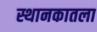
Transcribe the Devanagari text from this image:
स्थानकातला